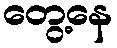
တွေ့နေ